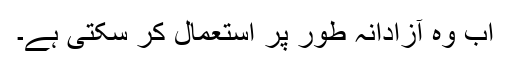
اب وہ آزادانہ طور پر استعمال کر سکتی ہے۔